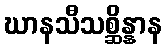
ဃာနသီသစ္ဆိန္နာန